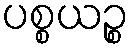
ပစ္စယဉ္စ